Vaccination in Bombay 1856-1862 - 1856-1862
Year: 1856
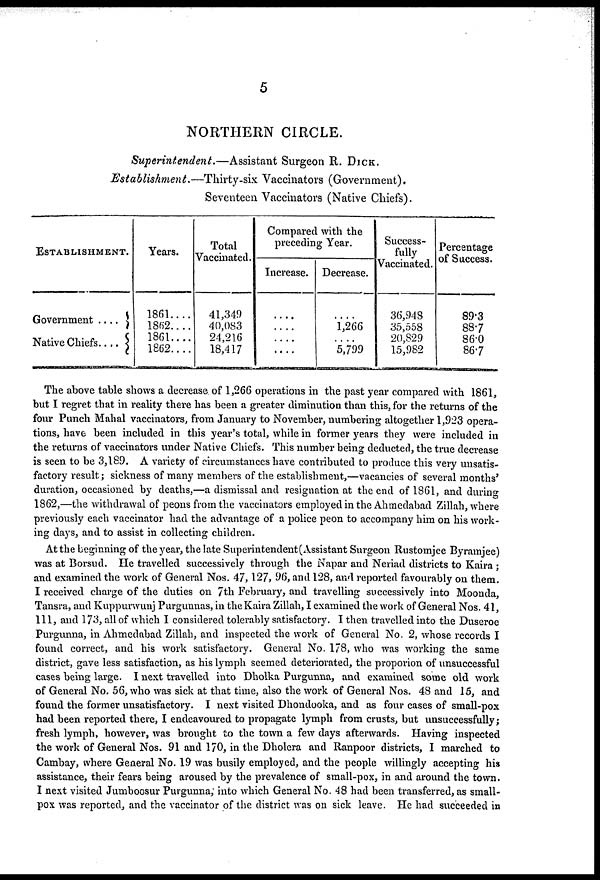
5
NORTHERN CIRCLE.
Superintendent.—Assistant
Surgeon R. DICK.
Establishment.—Thirty-six
Vaccinators (Government).
Seventeen Vaccinators (Native Chiefs).
ESTABLISHMENT.
Government ....
Native Chiefs....
Years.
1861....
1862....
1861....
1862....
Total
Vaccinated.
41,349
40,083
24,216
18,417
Compared with the
preceding Year.
Increase.
....
....
....
....
Decrease.
....
1,266
....
5,799
Success¬
fully
Vaccinated.
36,948
35,558
20,829
15,982
Percentage
of Success.
89.3
88.7
86.0
86.7
The above table shows a decrease of 1,266 operations in the past year compared with 1861,
but I regret that in reality there has been a greater diminution than this, for the returns of the
four Punch Mahal vaccinators, from January to November, numbering altogether 1,923 opera-
tions, have been included in this year's total, while in former years they were included in
the returns of vaccinators under Native Chiefs. This number being deducted, the true decrease
is seen to be 3,189. A variety of circumstances have contributed to produce this very unsatis-
factory result; sickness of many members of the establishment,—vacancies of several months'
duration, occasioned by deaths,—a dismissal and resignation at the end of 1861, and during
1862,—the withdrawal of peons from the vaccinators employed in the Ahmedabad Zillah, where
previously each vaccinator had the advantage of a police peon to accompany him on his work-
ing days, and to assist in collecting children.
At the beginning of the year, the late Superintendent (Assistant Surgeon Rustomjee Byramjee)
was at Borsud. He travelled successively through the Napar and Neriad districts to Kaira ;
and examined the work of General Nos. 47,127, 96, and 128, and reported favourably on them.
I received charge of the duties on 7th February, and travelling successively into Moonda,
Tansra, and Kuppurwunj Purgunnas, in the Kaira Zillah, I examined the work of General Nos. 41,
111, and 173, all of which I considered tolerably satisfactory. I then travelled into the Duseroe
Purgunna, in Ahmedabad Zillah, and inspected the work of General No. 2, whose records I
found correct, and his work satisfactory. General No. 178, who was working the same
district, gave less satisfaction, as his lymph seemed deteriorated, the proporion of unsuccessful
cases being large. I next travelled into Dholka Purgunna, and examined some old work
of General No. 56, who was sick at that time, also the work of General Nos. 48 and 15, and
found the former unsatisfactory. I next visited Dhondooka, and as four cases of small-pox
had been reported there, I endeavoured to propagate lymph from crusts, but unsuccessfully;
fresh lymph, however, was brought to the town a few days afterwards. Having inspected
the work of General Nos. 91 and 170, in the Dholera and Ranpoor districts, I marched to
Cambay, where General No. 19 was busily employed, and the people willingly accepting his
assistance, their fears being aroused by the prevalence of small-pox, in and around the town.
I next visited Jumboosur Purgunna, into which General No. 48 had been transferred, as small-
pox was reported, and the vaccinator of the district was on sick leave. He had succeeded in